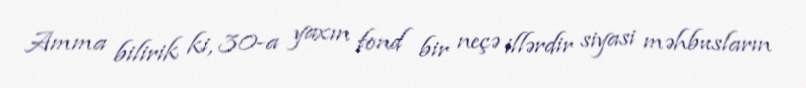
Amma bilirik ki, 30-a yaxın fond bir neçə illərdir siyasi məhbusların